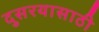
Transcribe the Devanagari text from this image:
दुसरयासाठी